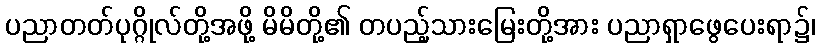
ပညာတတ်ပုဂ္ဂိုလ်တို့အဖို့ မိမိတို့၏ တပည့်သားမြေးတို့အား ပညာရှာဖွေပေးရာ၌၊